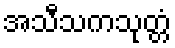
အသီသကသုတ္တံ